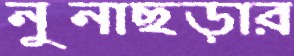
নুনাছড়ার